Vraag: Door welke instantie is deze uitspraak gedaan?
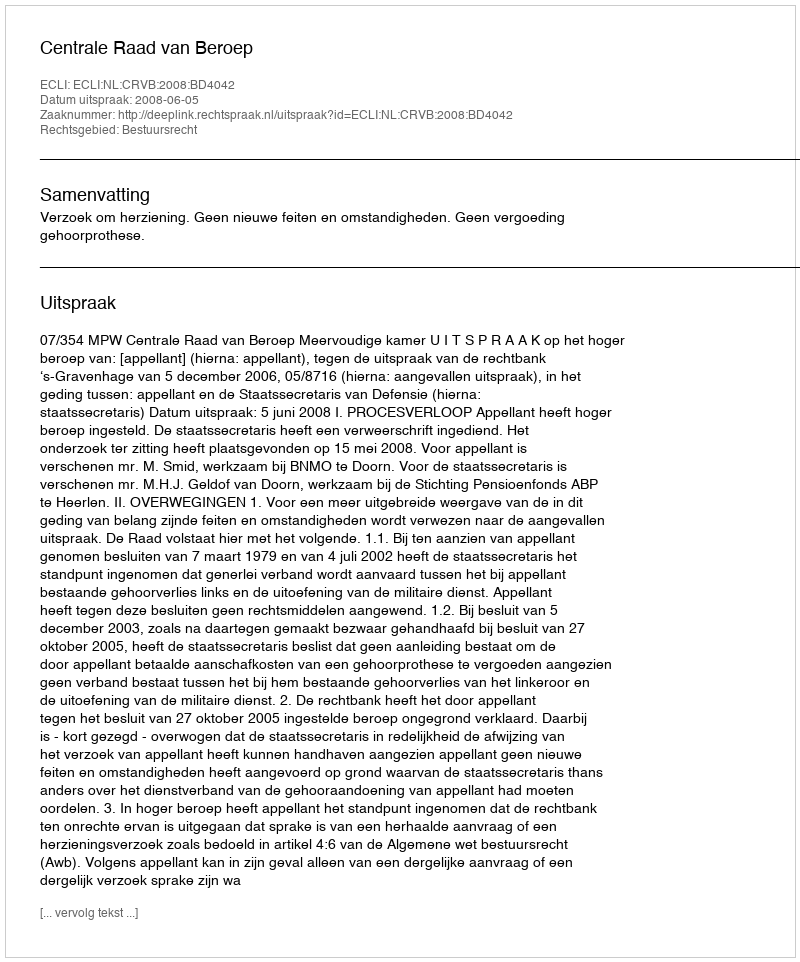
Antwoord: Centrale Raad van Beroep